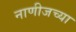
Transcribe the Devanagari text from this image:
नाणीजच्या